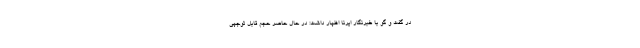
در گفت و گو با خبرنگار ایرنا اظهار داشت: در حال حاضر حجم قابل توجهی